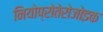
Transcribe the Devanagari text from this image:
नियोप्रोतेरोजोइक